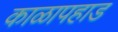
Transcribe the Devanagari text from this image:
काळापहाड